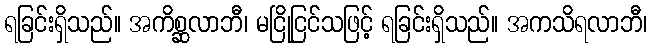
ရခြင်းရှိသည်။ အကိစ္ဆလာဘီ၊ မငြိုငြင်သဖြင့် ရခြင်းရှိသည်။ အကသိရလာဘီ၊